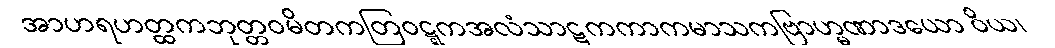
အာဟရဟတ္ထကဘုတ္တဝမိတကတြဝဋ္ဋကအလံသာဋကကာကမာသကဗြာဟ္မဏာဒယော ဝိယ၊